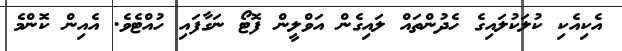
އެކިއެކި ކުލަކުލައިގެ ހެދުންތައް ލައިގެން އަވްލީން ފޮޓޯ ނަގާފައި ހުއްޓެވެ. އެއިން ކޮންމެ